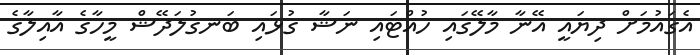
އެގައުމަށް ދިޔައީ އޭނާ މާލޭގައި ހުއްޓައި ނަޝާ ގުޅައި ބަނގުލަދޭޝް މީހާގެ އާއިލާގެ